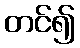
တင်၍